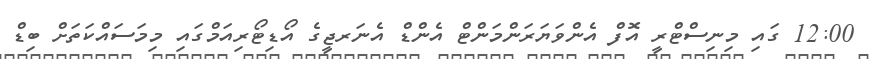
12:00 ގައި މިނިސްޓްރީ އޮފް އެންވަޔަރަންމަންޓް އެންޑް އެނަރޖީގެ އޯޑިޓޯރިއަމްގައި މިމަސައްކަތަށް ބިޑް